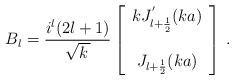
LaTeX: \begin{align*}B_{l} = \frac{i^{l}(2l+1)}{\sqrt{k\,}}\left[\begin{array}{c} kJ_{l+\frac{1}{2}}^{'}(ka) \\ \\ J_{l+\frac{1}{2}}(ka) \end{array} \right]\,. \end{align*}